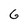
Character: 6